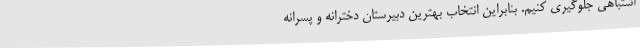
اشتباهی جلوگیری کنیم. بنابراین انتخاب بهترین دبیرستان دخترانه و پسرانه